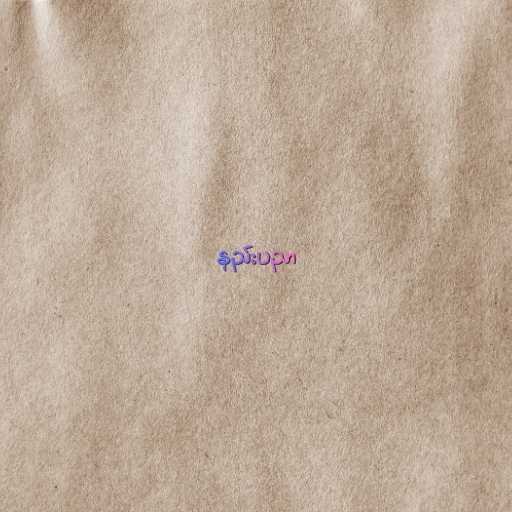
နည်းပညာ